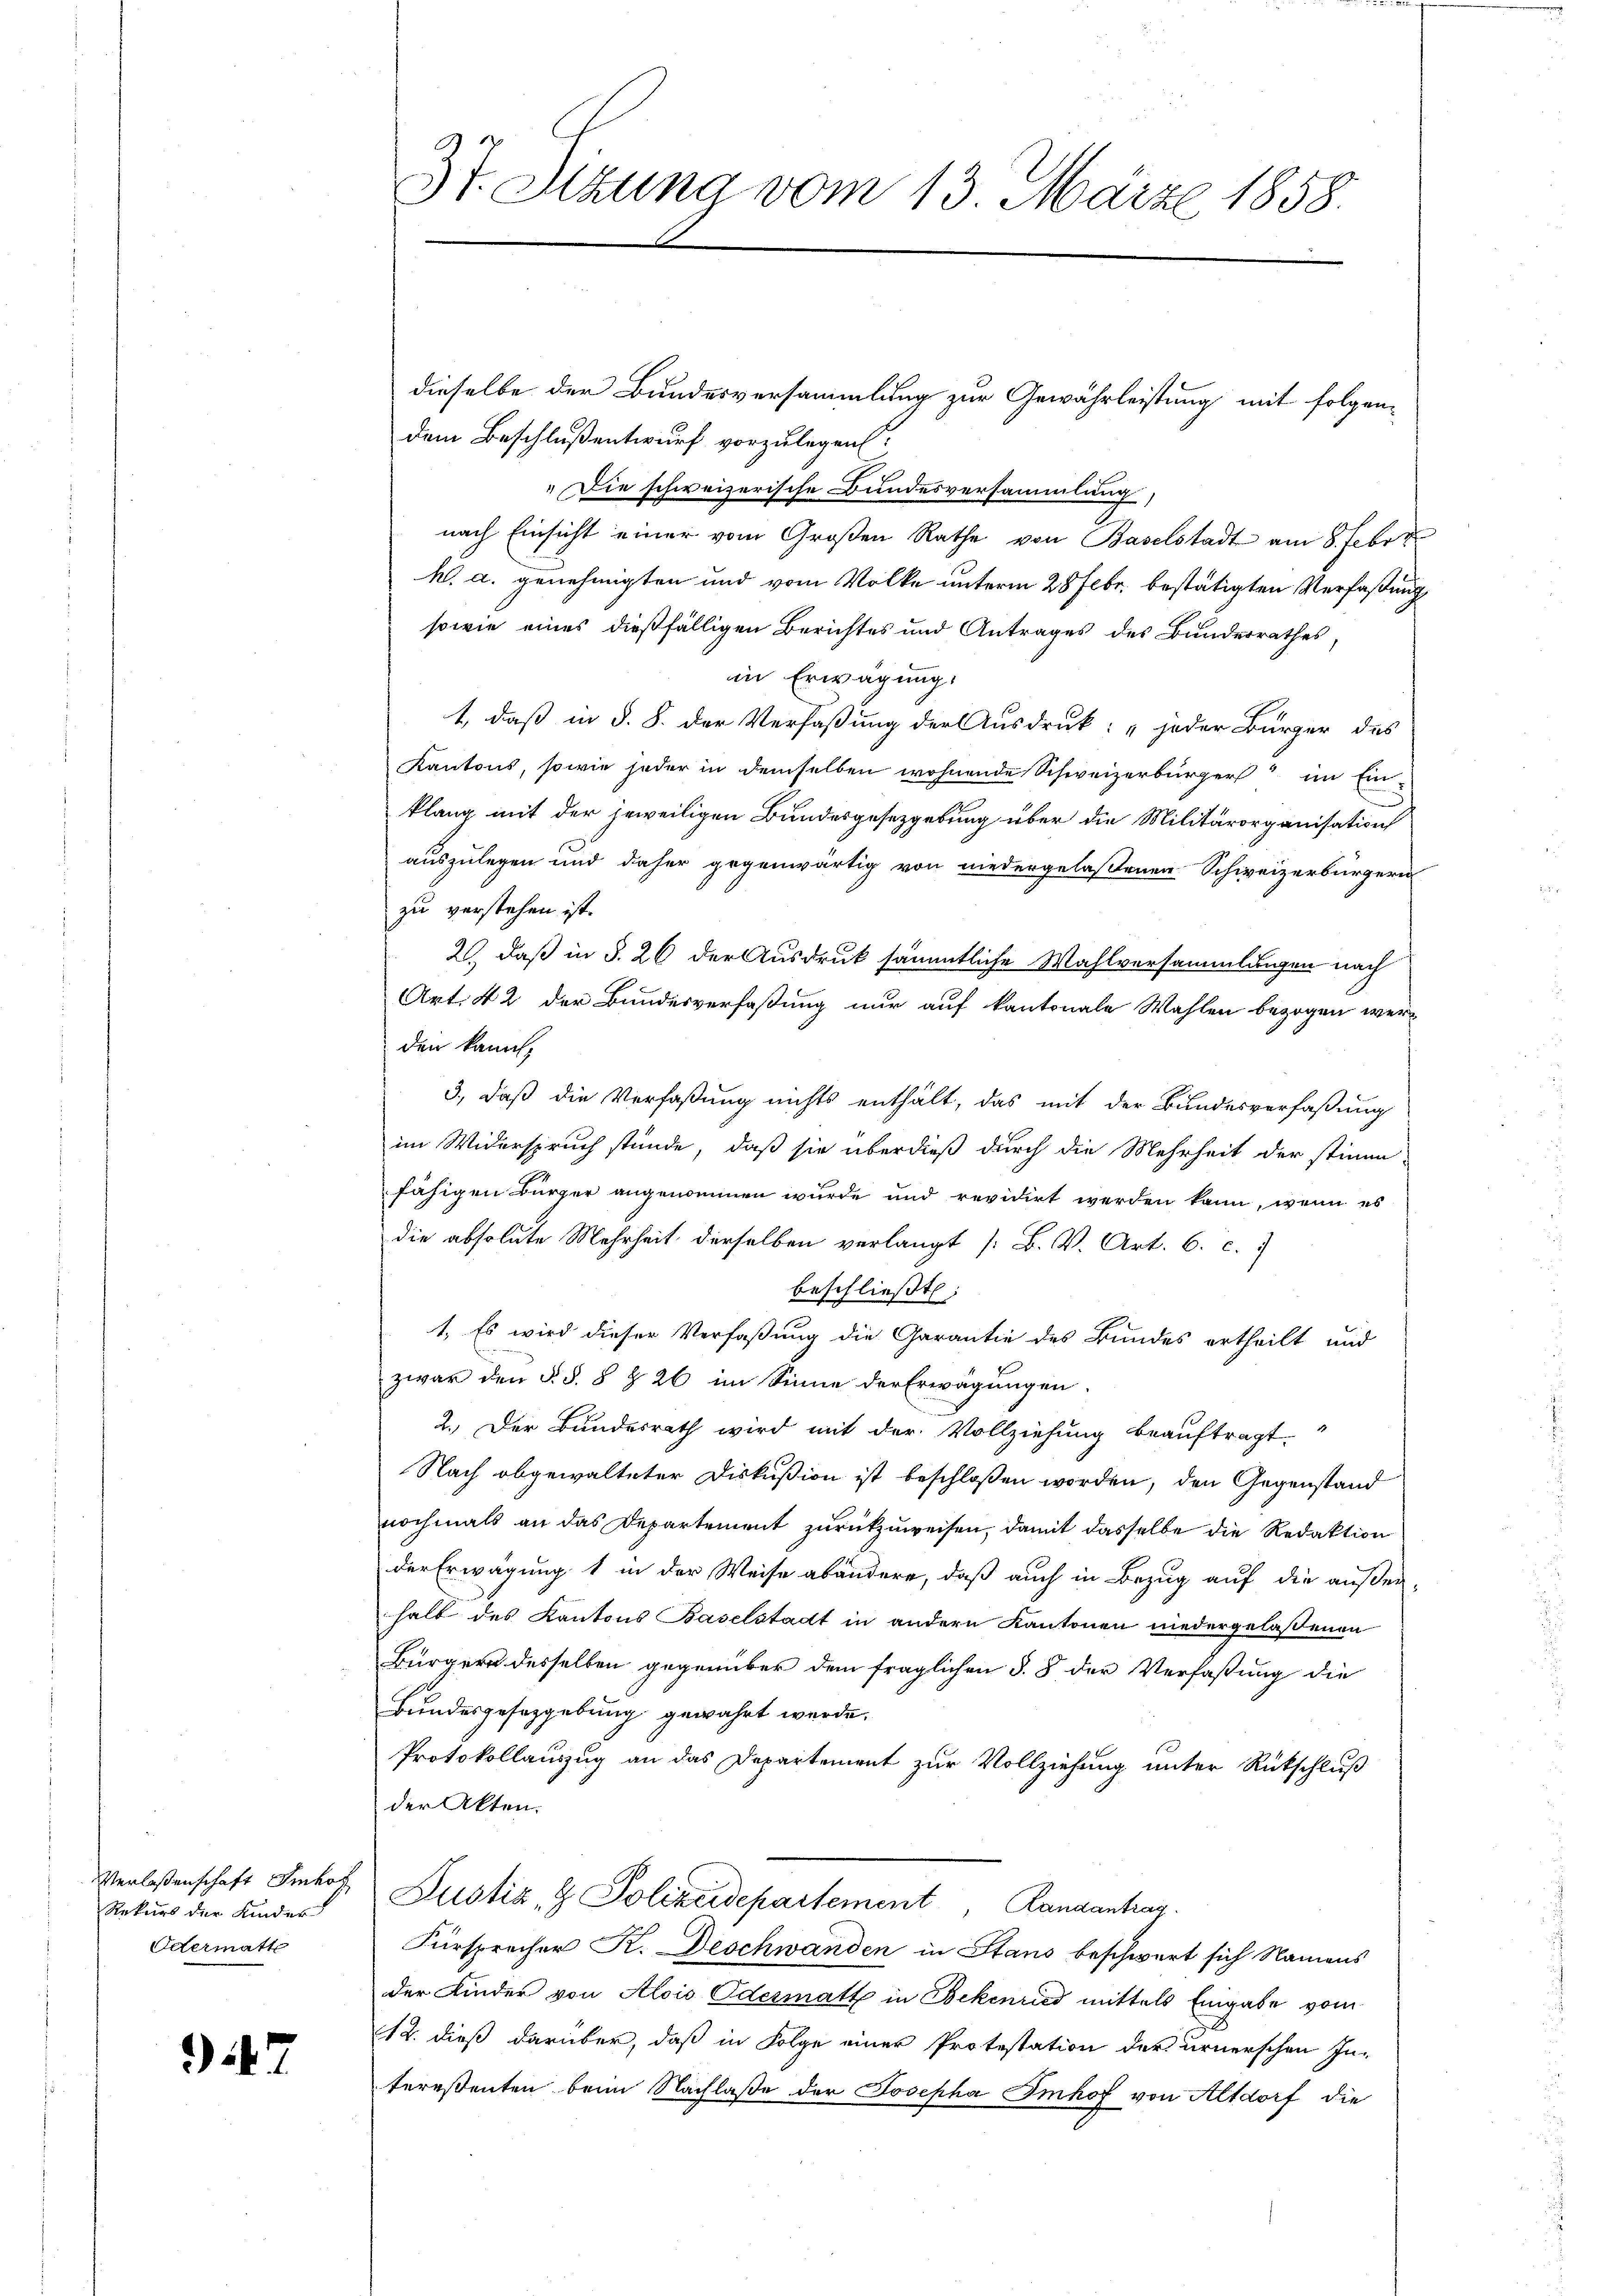
Verlassenschaft Imhof
Rekurs der Kinder
Odermatt

942

3t. Sitzung vom 13. März 1858.

dieselbe der Bundesversammlung zur Gewährleistung mit folgendem Beschlußentwurf vorzulegen.
„Die schweizerische Bundesversammlung,
nach Einsicht einer vom Großen Rathe von Baselstadt am 8. Febr.
h. a. genehmigten und vom Volke unterm 28 Febr. bestätigten Verfaßung
sowie eines dießfälligen Berichtes und Antrages des Bundesrathes,
in Erwägung.
1., daß in §. 8. der Verfaßung der Ausdruck: „jeder Bürger des
Kantons, sowie jeder in demselben wohnende Schweizerbürger im Ein-
klang mit der jeweiligen Bundesgesetzgebung über die Militärorganisation
auszulegen und daher gegenwärtig von niedergelaßenen Schweizerbürgern
zu verstehen ist.
2., daß in §. 26 der Ausdruck sämmtliche Wahlversammlungen nach
Art. 42 der Bundesverfaßung nur auf kantonale Wahlen bezogen werden kannt,
3., daß die Verfaßung nichts enthält, das mit der Bundesverfaßung
im Widerspruch stünde, daß sie überdieß durch die Mehrheit der stimm-
fähigen Bürger angenommen wurde und revidirt werden kann, wenn es
die absolute Mehrheit derselben verlangt [B. V. Art. C. c.
beschließt:
1. Es wird dieser Verfaßung die Garantie des Bundes ertheilt und
zwar den §. §. 8 § 26 im Sinne der Erwägungen
2. Der Bundesrath wird mit der Vollziehung beauftragt.
Nach abgewalteter Diskußion ist beschlossen worden, den Gegenstand
nochmals an das Departement zurückzuweisen, damit dasselbe die Redaktion
der Erwägung 1 in der Weise abändere, daß auch in Bezug auf die außer
halt des Kantons Baselstadt in andern Kantonen niedergelassenen
Bürgern desselben gegenüber dem fraglichen §. 8 der Verfaßung die
Bundesgesetzgebung gewährt werde.
Protokollauszug an das Departement zur Vollziehung unter Rückschluß
der Akten.
Justiz- & Polizeidepartement, Randantrag
Fürsprecher K. Deschwanden in Stans beschwert sich Namens
der Kinder von Alois Odermatt in Bekenried mittels Eingabe vom
12. dieß darüber, daß in Folge einer Protestation der urnerschen In-
tereßenten beim Nachlaße der Josepha Imhof von Altdorf die